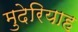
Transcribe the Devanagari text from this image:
मुदेरियाह